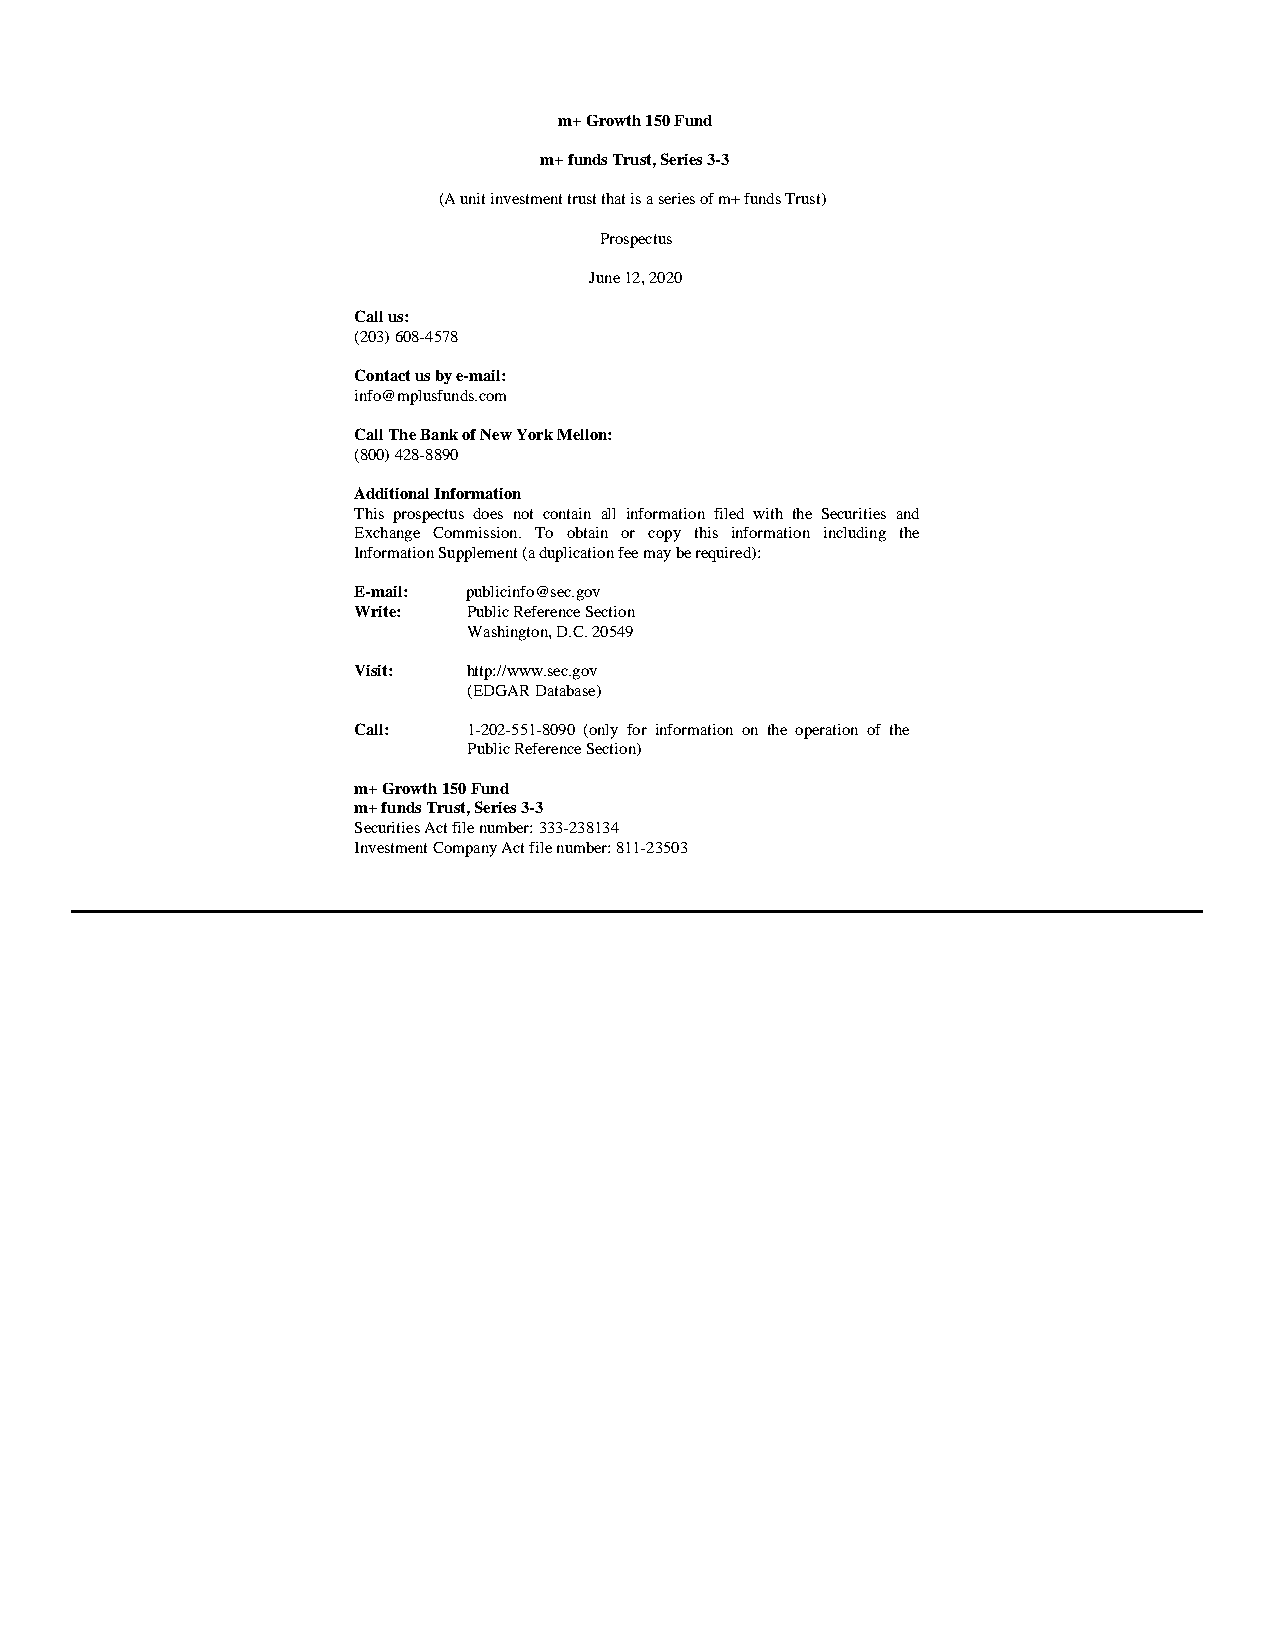
m+ Growth 150 Fund
 m+ funds Trust, Series 3-3
 (A unit investment trust that is a series of m+ funds Trust)
 Prospectus
 June 12, 2020
 Call us:
 (203) 608-4578
 Contact us by e-mail:
 info@mplusfunds.com
 Call The Bank of New York Mellon:
 (800) 428-8890
 Additional Information
 This prospectus does not contain all information filed with the Securities and
 Exchange Commission. To obtain or copy this information including the
 Information Supplement (a duplication fee may be required):
 E-mail: publicinfo@sec.gov
 Write:  Public Reference Section
 Washington, D.C. 20549
 Visit:  http://www.sec.gov
 (EDGAR Database)
 Call:   1-202-551-8090 (only for information on the operation of the
 Public Reference Section)
 m+ Growth 150 Fund
 m+ funds Trust, Series 3-3
 Securities Act file number: 333-238134
 Investment Company Act file number: 811-23503